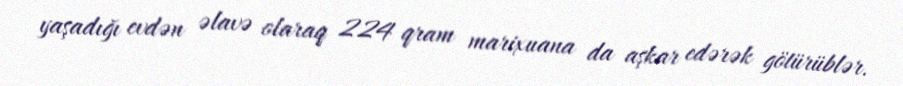
yaşadığı evdən əlavə olaraq 224 qram marixuana da aşkar edərək götürüblər.